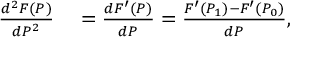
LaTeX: \begin{array} { r l } { { \frac { d ^ { 2 } F ( P ) } { d P ^ { 2 } } } } & { { } = { \frac { d F ^ { \prime } ( P ) } { d P } } = { \frac { F ^ { \prime } ( P _ { 1 } ) - F ^ { \prime } ( P _ { 0 } ) } { d P } } , } \end{array}